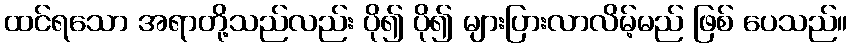
ထင်ရသော အရာတို့သည်လည်း ပို၍ ပို၍ များပြားလာလိမ့်မည် ဖြစ် ပေသည်။